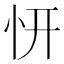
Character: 𭜕